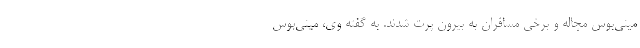
مینی‌بوس مچاله و برخی مسافران به بیرون پرت شدند. به گفته وی، مینی‌بوس